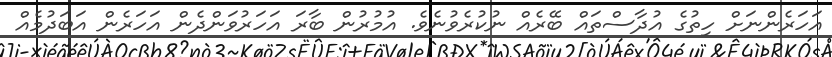
އަހަރެންނަށް ހިތުގެ އުދާސްތައް ބޭރެއް ނުކުރެވުނެވެ. އުމުރުން ބާރަ އަހަރުވަންދެން އަހަރެން އަބަދުމެއް